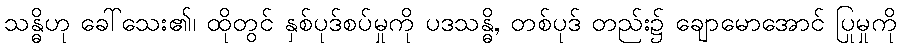
သန္ဓိဟု ခေါ်သေး၏၊ ထိုတွင် နှစ်ပုဒ်စပ်မှုကို ပဒသန္ဓိ, တစ်ပုဒ် တည်း၌ ချောမောအောင် ပြုမှုကို